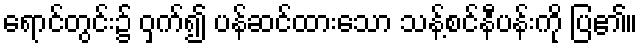
ရောင်တွင်း၌ ဝှက်၍ ပန်ဆင်ထားသော သန့်စင်နီပန်းကို ပြ၏။